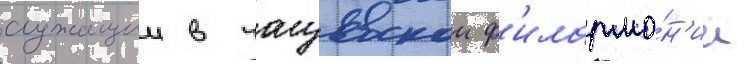
служащии в чугуевскои ф'илармо́н'ии